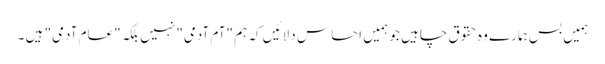
ہمیں بس ہمارے وہ حقوق چاہیں جو ہمیں احساس دلائیں کہ ہم "آم آدمی" نہیں بلکہ "عام آدمی" ہیں ۔